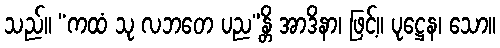
သည်။ “ကထံ သု လဘတေ ပည”န္တိ အာဒိနာ၊ ဖြင့်။ ပုဋ္ဌေန၊ သော။